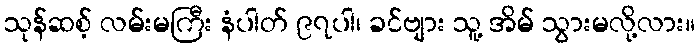
သုန်ဆစ့် လမ်းမကြီး နံပါတ် ၉၇ပါ၊ ခင်ဗျား သူ့ အိမ် သွားမလို့လား။